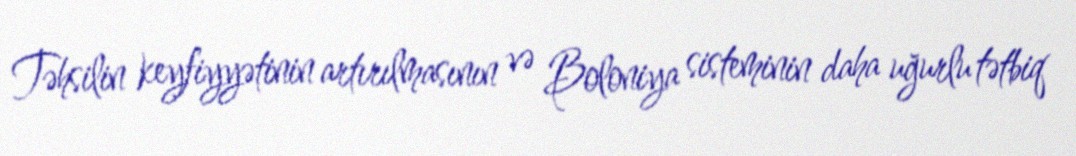
Təhsilin keyfiyyətinin artırılmasının və Boloniya sisteminin daha uğurlu tətbiq